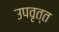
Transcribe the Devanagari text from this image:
उपवृत्त